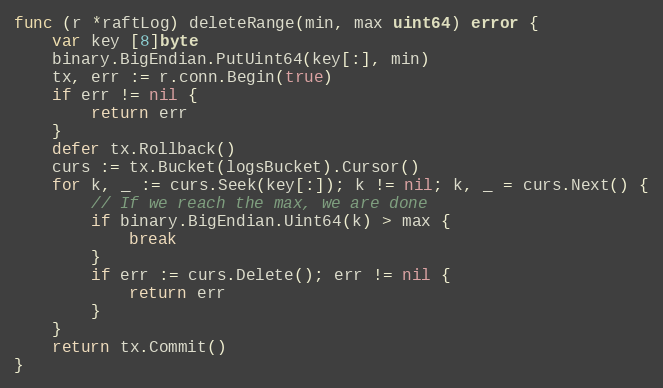
Language: Go
func (r *raftLog) deleteRange(min, max uint64) error {
	var key [8]byte
	binary.BigEndian.PutUint64(key[:], min)
	tx, err := r.conn.Begin(true)
	if err != nil {
		return err
	}
	defer tx.Rollback()
	curs := tx.Bucket(logsBucket).Cursor()
	for k, _ := curs.Seek(key[:]); k != nil; k, _ = curs.Next() {
		// If we reach the max, we are done
		if binary.BigEndian.Uint64(k) > max {
			break
		}
		if err := curs.Delete(); err != nil {
			return err
		}
	}
	return tx.Commit()
}